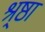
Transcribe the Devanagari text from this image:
श्र्ष्ठा